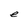
Character: e